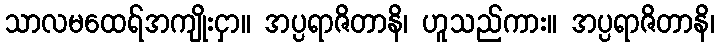
သာလမထေရ်အကျိုးငှာ။ အပ္ပရာဇိတာနိ၊ ဟူသည်ကား။ အပ္ပရာဇိတာနိ၊